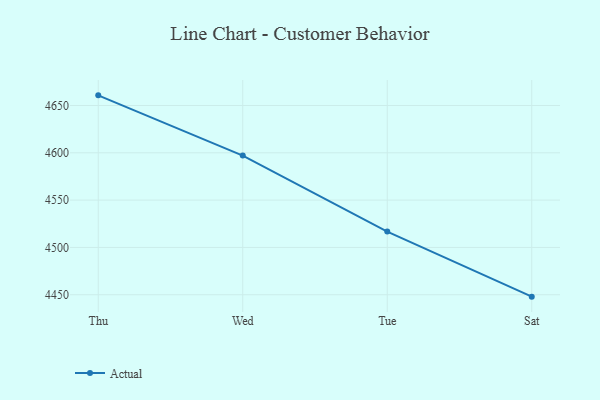
{"axis": {"x": "Day", "y": "Waste Production (Tons)"}, "legend": ["Actual"], "data": [{"x": "Thu", "y": 4660.7, "type": "Actual"}, {"x": "Wed", "y": 4597.1, "type": "Actual"}, {"x": "Tue", "y": 4516.8, "type": "Actual"}, {"x": "Sat", "y": 4448.0, "type": "Actual"}]}